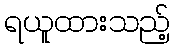
ရယူထားသည့်